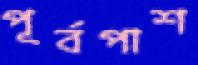
পূর্বপাশ